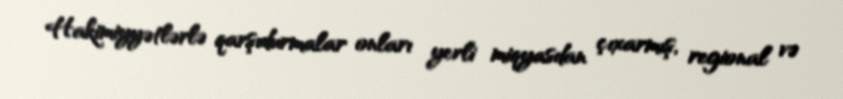
Hakimiyyətlərlə qarşıdurmalar onları yerli miqyasdan çıxarmış, regional və